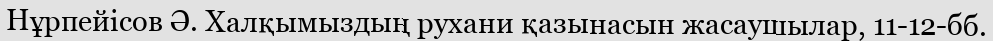
Нұрпейісов Ә. Халқымыздың рухани қазынасын жасаушылар, 11-12-бб.